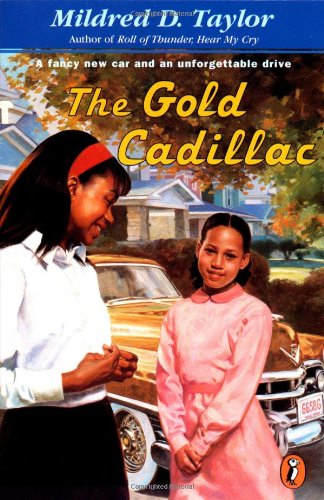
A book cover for The Gold Cadillac; Mildred D. Taylor; Engineering & Transportation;